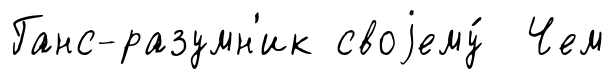
Ганс-разумн'ик своjему́ Чем